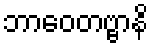
ဘာဝေတဗ္ဗာနိ